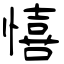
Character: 憘